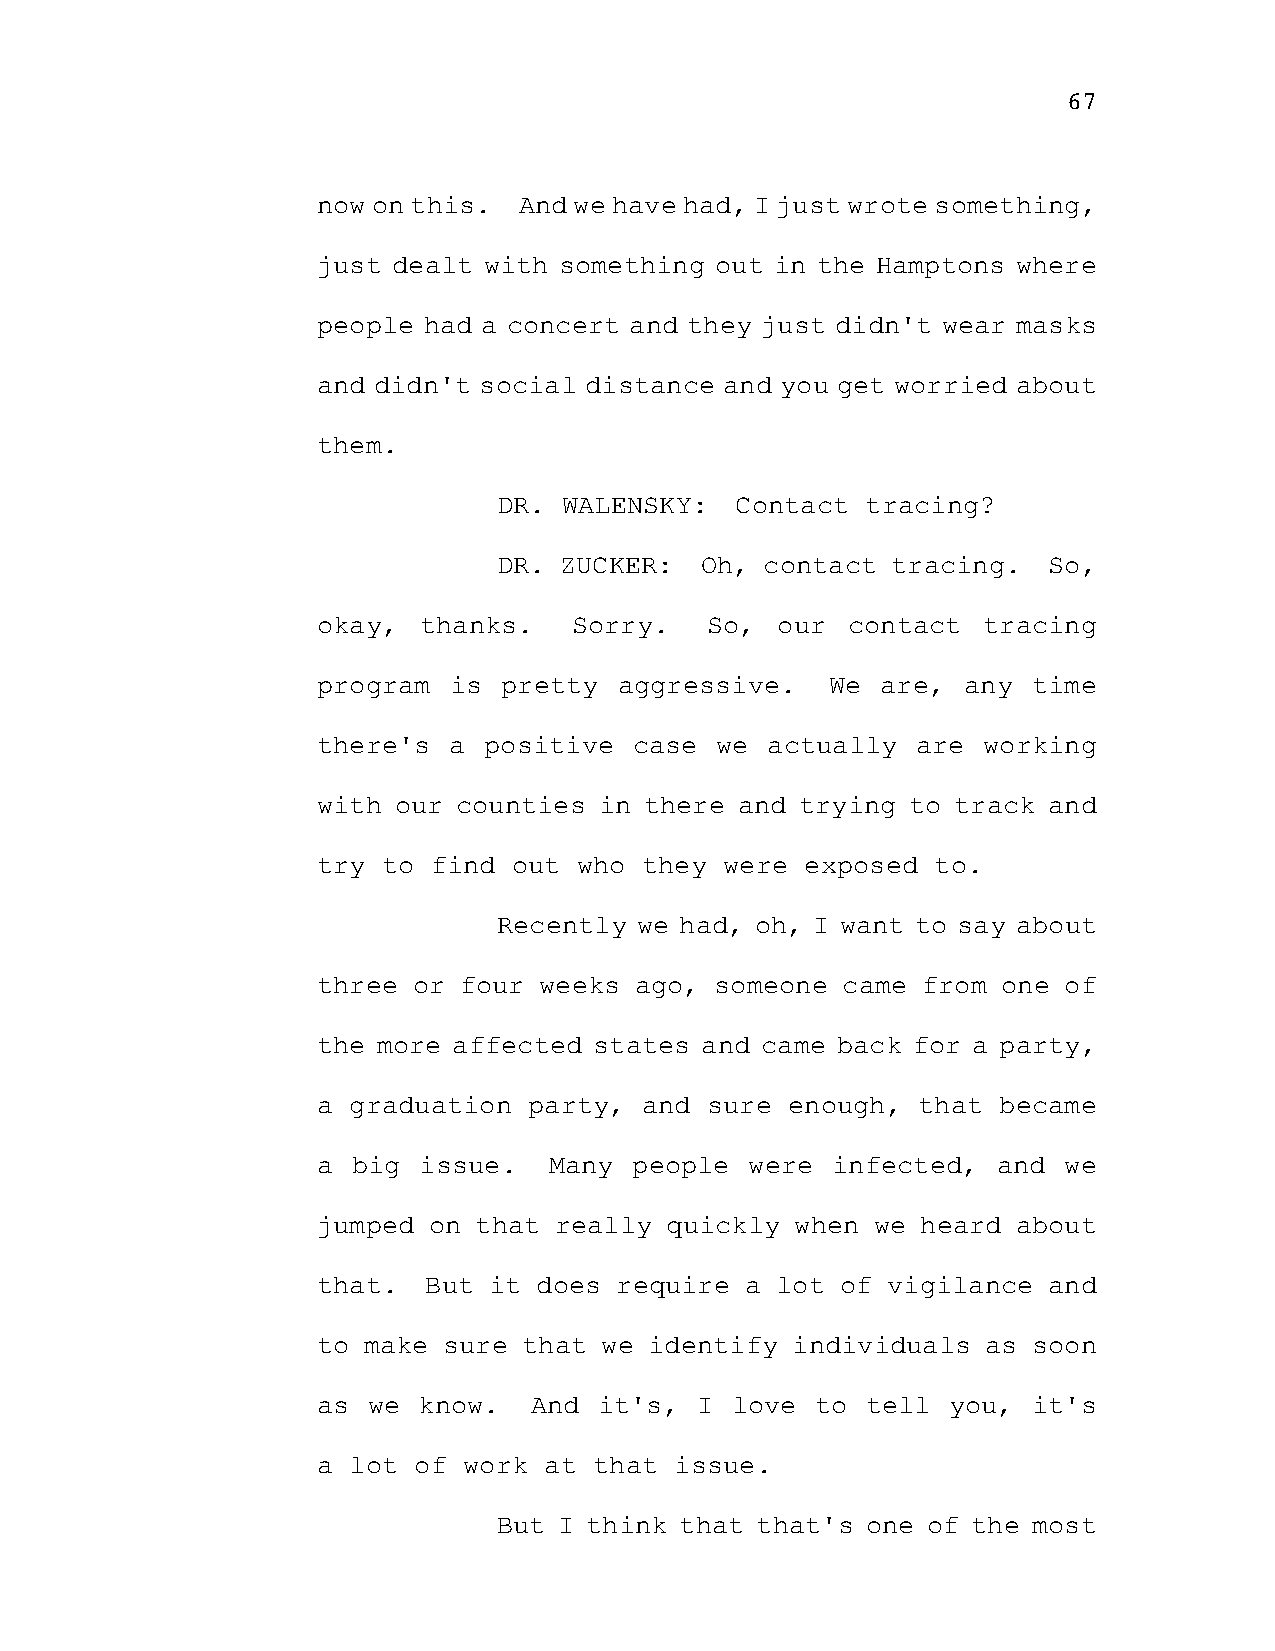
67
 now on this. And we have had, I just wrote something,
 just dealt with something out in the Hamptons where
 people had a concert and they just didn't wear masks
 and didn't social distance and you get worried about
 them.
 DR. WALENSKY:   Contact tracing?
 DR. ZUCKER:  Oh,  contact tracing.  So,
 okay,  thanks.   Sorry.   So, our  contact  tracing
 program  is pretty  aggressive.   We are,  any time
 there's  a positive  case we  actually  are working
 with our counties  in there and trying to track and
 try to  find out who  they were exposed  to.
 Recently we had, oh, I want to say about
 three or four  weeks ago, someone  came from one of
 the more affected states and came back for a party,
 a graduation  party,  and sure enough,  that became
 a big  issue.  Many  people  were infected,  and we
 jumped on that  really quickly  when we heard about
 that.  But it  does require a lot  of vigilance and
 to make sure  that we identify individuals  as soon
 as we  know.  And  it's, I love  to tell  you, it's
 a lot of  work at that  issue.
 But I think that that's one of the most